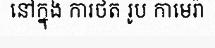
នៅក្នុង ការថត រូប កាមេរ៉ា